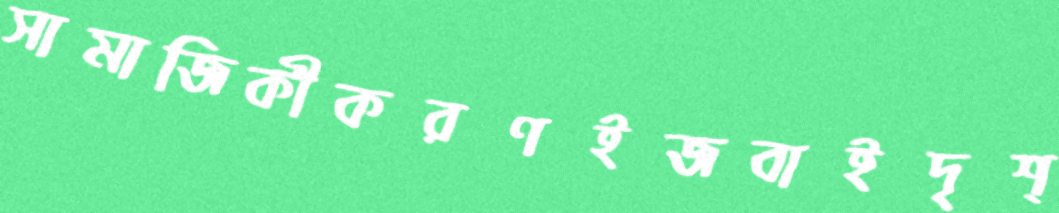
সামাজিকীকরণইজবাইদৃশ্